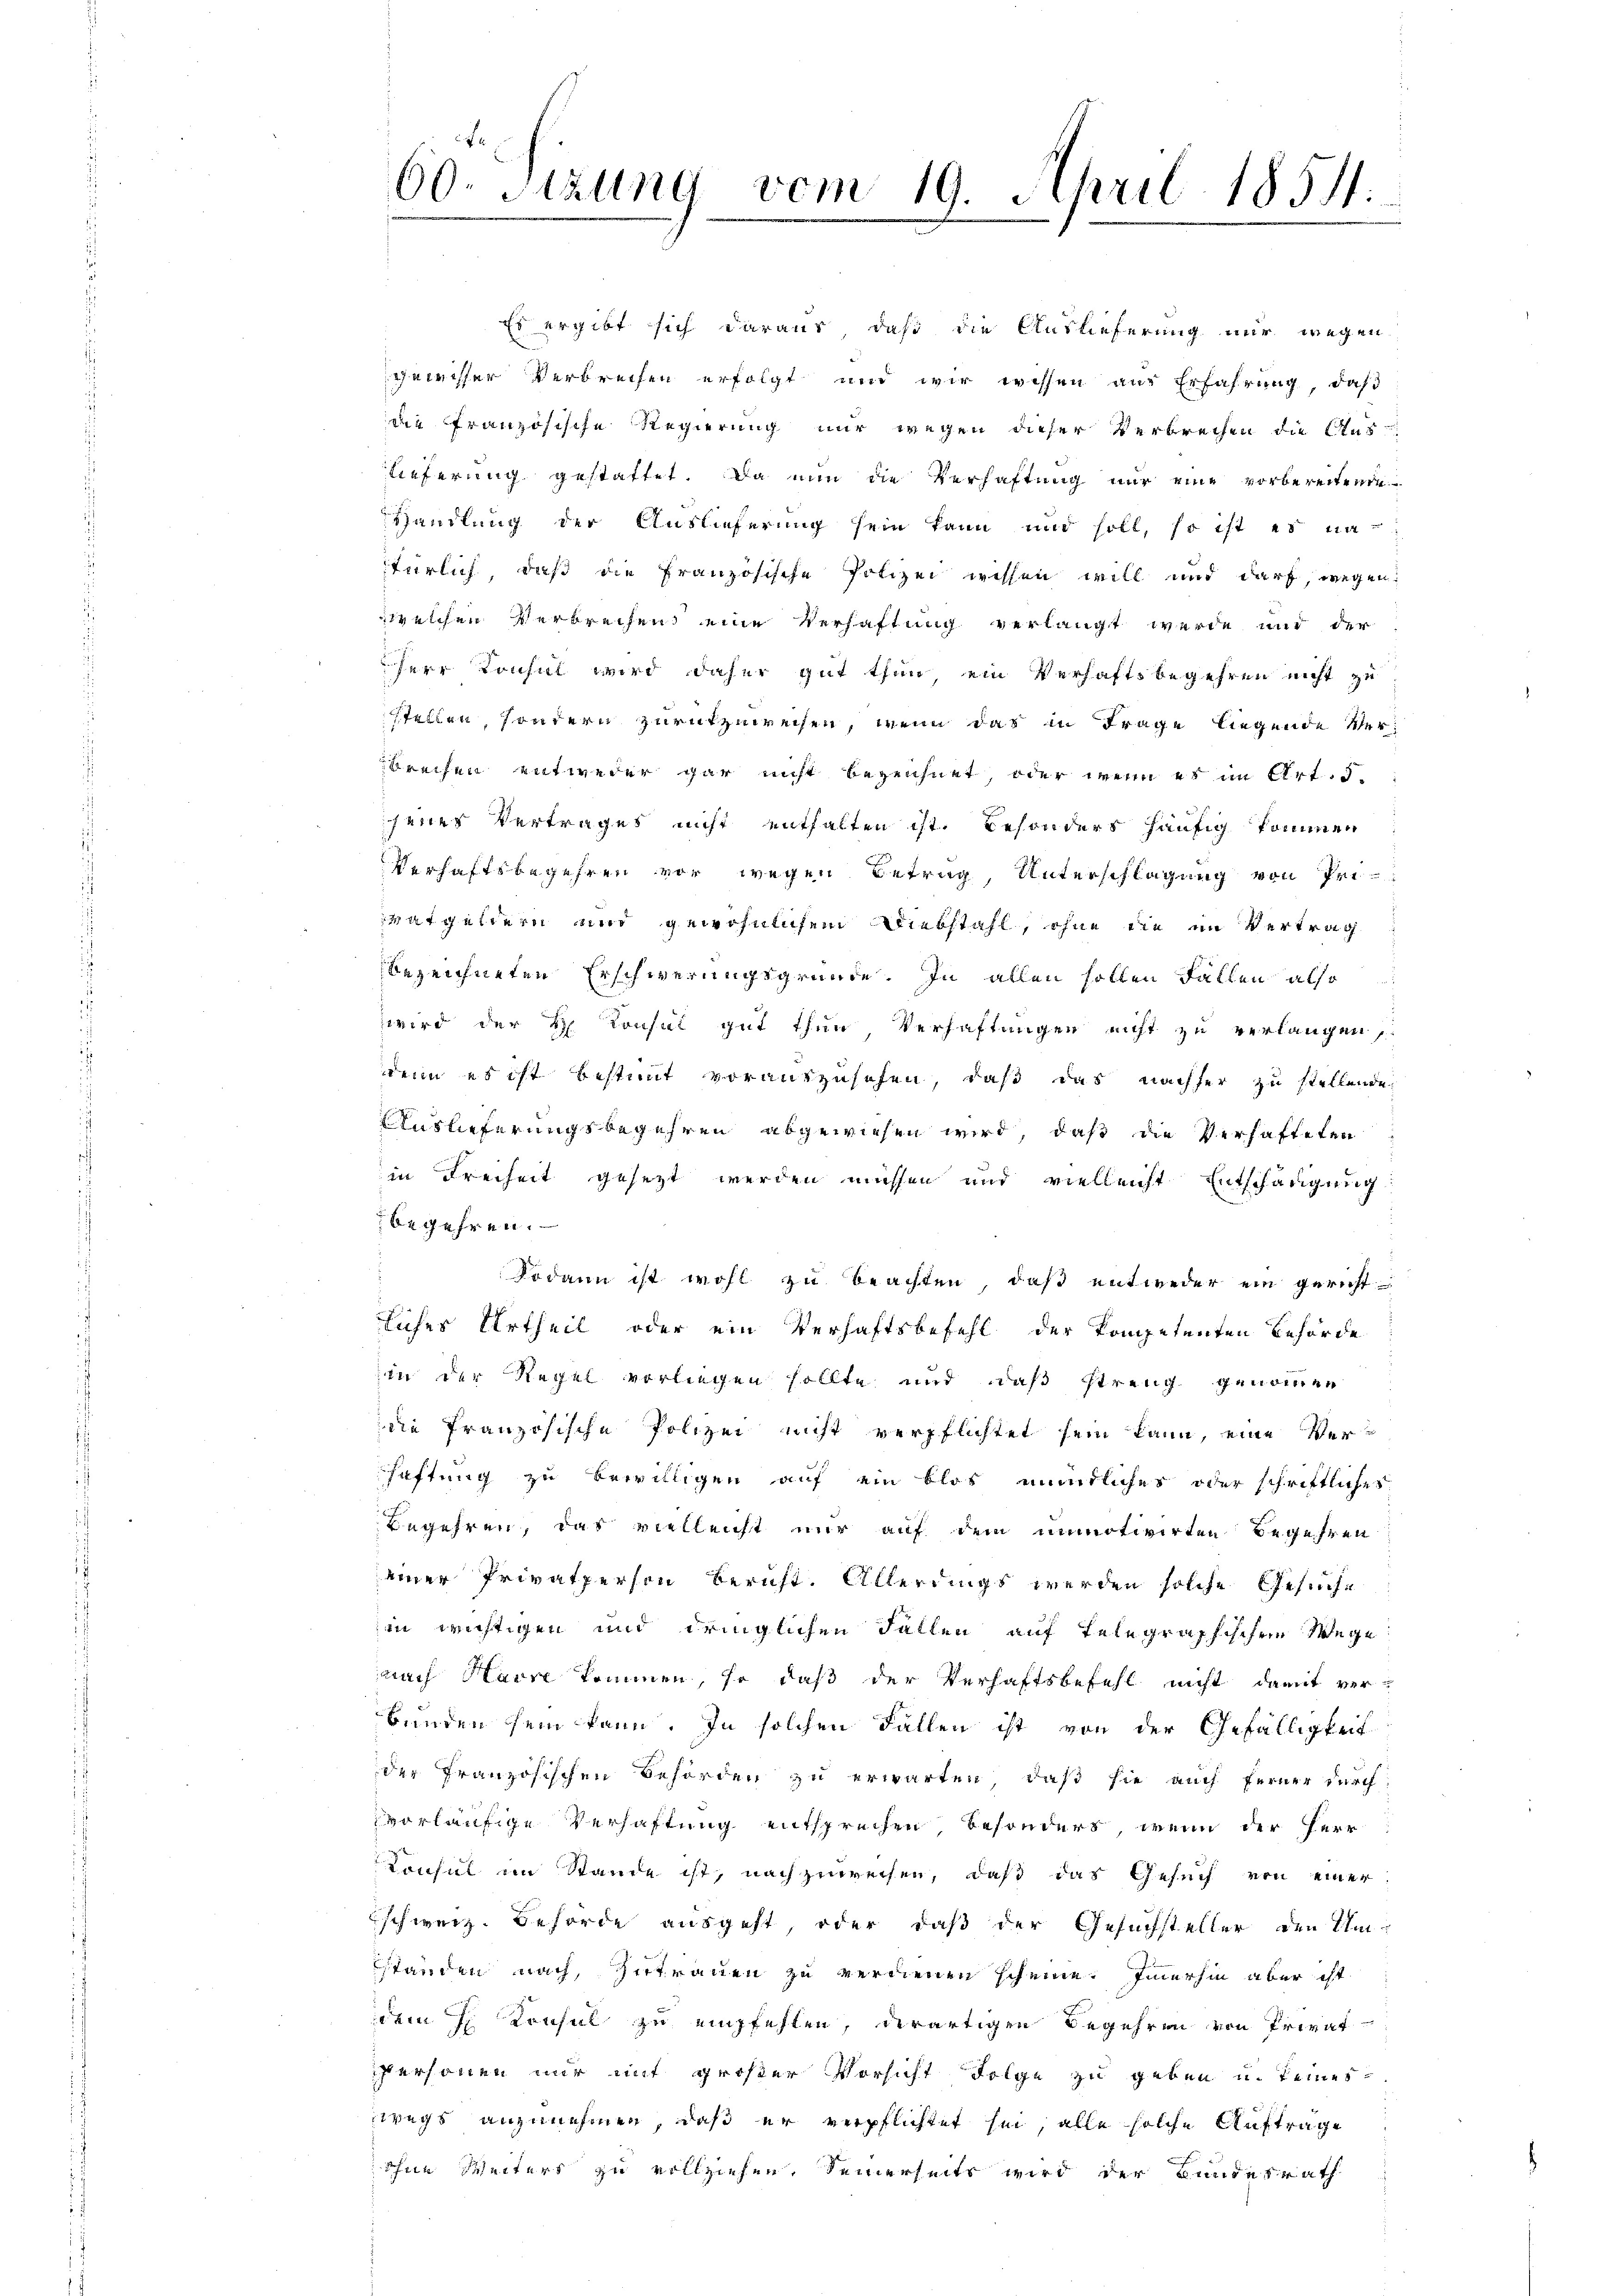
60. Sizung vom 19. April 1854.
.

Es ergibt sich daraus, daß die Auslieferung nur wegen
gewisser Verbrechen erfolgt und wir wissen aus Erfahrung, daß
die französische Regierung nur wegen dieser Verbrechen die Aus-
lieferung gestattet. Da nun die Verhaftung nur eine vorbereitende
Handlung der Auslieferung sein kann und soll, so ist es na
fürlich, daß die Französische Polizei wissen will und darf, wegen
welchen Verbrechen eine Verhaftung verlangt werde und der
Herr Konsul wird daher gut thun, ein Verhaftsbegehren nicht zu
stellen, sondern zurükzuweisen, wenn das in Frage liegende Verbrechen entweder gar nicht bezeichnet, oder wenn es im Art. 5.
jenes Vertrages nicht enthalten ist. Besonders häufig kommen
Verhaftsbegehren vor wegen Betrag, Unterschlagung von Privatgeldern und gewöhnlichem Diebstahl, ohne die im Vertrag
bezeichneten Erschwerungsgründe. In allen sollen Fällen also
wird der H. Konsul gut thun, Verhaftungen nicht zu verlangen,
denn es ist bestimmt vorauszusehen, daß das nachher zu stellende
Auslieferungsbegehren abgewiesen wird, daß die Verhafteten
in Freiheit gesezt werden müssen und vielleicht Entschädigung
begehren.
Sodann ist wohl zu beachten, daß entweder ein gericht
liches Urtheil oder ein Verhaftsbefehl der kompetenten Behörde
in der Regel vorliegen sollte und daß streng genommen
die französische Polizei nicht verpflichtet sein kann, eine Verschaftung zu bewilligen auf ein blos mündliches oder schriftlicher
Begehren, das vielleicht nur auf dem unmotivirten Begehren
einer Privatperson beruht. Allerdings werden solche Gesuche
in wichtigen und dringlichen Fallen auf Telegraphischem Wege
nach Havre kommen, so daß der Verhaftsbefehl nicht damit verbunden sein kann. In solchen Fallen ist von der Gefälligkeit
der Französischen Behörden zu erwarten, daß sie auch ferner durch
vorläufige Verhaftung entsprechen, besonders, wenn der Herr
Consul im Stande ist, nachzuweisen, daß das Gesuch von einer
schweiz. Behörde ausgeht, oder daß der Gesuchsteller den Umständen nach Zutrauen zu verdienen scheine. Immerhin aber ist
dem h. Konsul zu empfehlen, derartigen Begehren von Privat
personen mir mit großer Vorsicht Folge zu geben u. keineswegs anzunehmen, daß er verpflichtet sei, alle solche Aufträge
ohne Weiters zu vollziehen. Seinerseits wird der Bundesrath